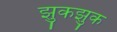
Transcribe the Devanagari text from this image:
झुकझुक